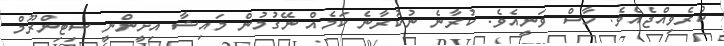
ކުރެވިއްޖެއެވެ. ހާސް ވަނީއެވެ. ކުރާނެ ނުކުރާނެ ކަމެއް ނޭގުމުން މައިޝާ އިށީންނީ ސިޓިންރޫމް